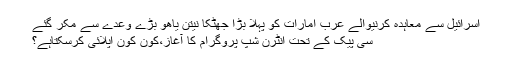
اسرائیل سے معاہدہ کرنیوالے عرب امارات کو پہلا بڑا جھٹکا نیتن یاھو بڑے وعدے سے مکر گئے
سی پیک کے تحت انٹرن شپ پروگرام کا آغاز،کون کون اپلائی کرسکتاہے؟